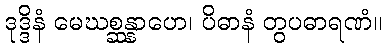
ဒုဒ္ဒိနံ မေဃစ္ဆန္နာဟေ၊ ပိဓာနံ တွပဓာရဏံ။